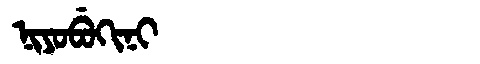
Manchu: ᠨᡳᠶᠣᠪᡠᡴᡳᠨᡳ
Romanization: NIYOBUKINI